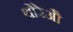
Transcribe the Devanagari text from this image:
थोरेऔ